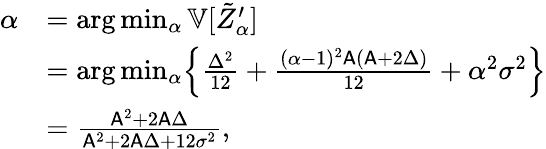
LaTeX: \begin{array}{rl}{\alpha}&{=\arg\operatorname*{min}_{\alpha}\mathbb{V}[\tilde{Z}_{\alpha}^{\prime}]}\\ &{=\arg\operatorname*{min}_{\alpha}\Bigl\{ \frac{\Delta^{2}}{12}+\frac{(\alpha-1)^{2}\mathsf{A}(\mathsf{A}+2\Delta)}{12}+\alpha^{2}\sigma^{2}\Bigr\} }\\ &{=\frac{\mathsf{A}^{2}+2\mathsf{A}\Delta}{\mathsf{A}^{2}+2\mathsf{A}\Delta+12\sigma^{2}},}\end{array}